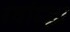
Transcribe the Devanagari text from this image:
ग्वांग्झ